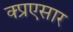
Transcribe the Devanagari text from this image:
क्प्रएसार